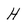
Character: H